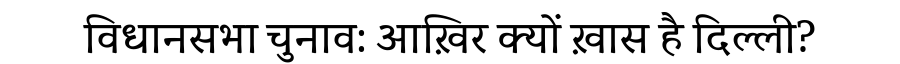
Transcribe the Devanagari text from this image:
विधानसभा चुनाव: आख़िर क्यों ख़ास है दिल्ली?